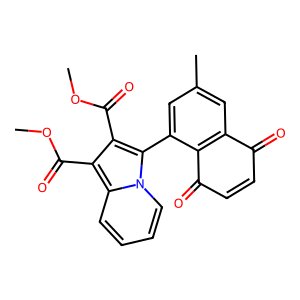
SMILES: COC(=O)c1c(C(=O)OC)c2ccccn2c1-c1cc(C)cc2c1C(=O)C=CC2=O
Inhibits HIV replication: No